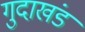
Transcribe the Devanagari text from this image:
गुदाखंड